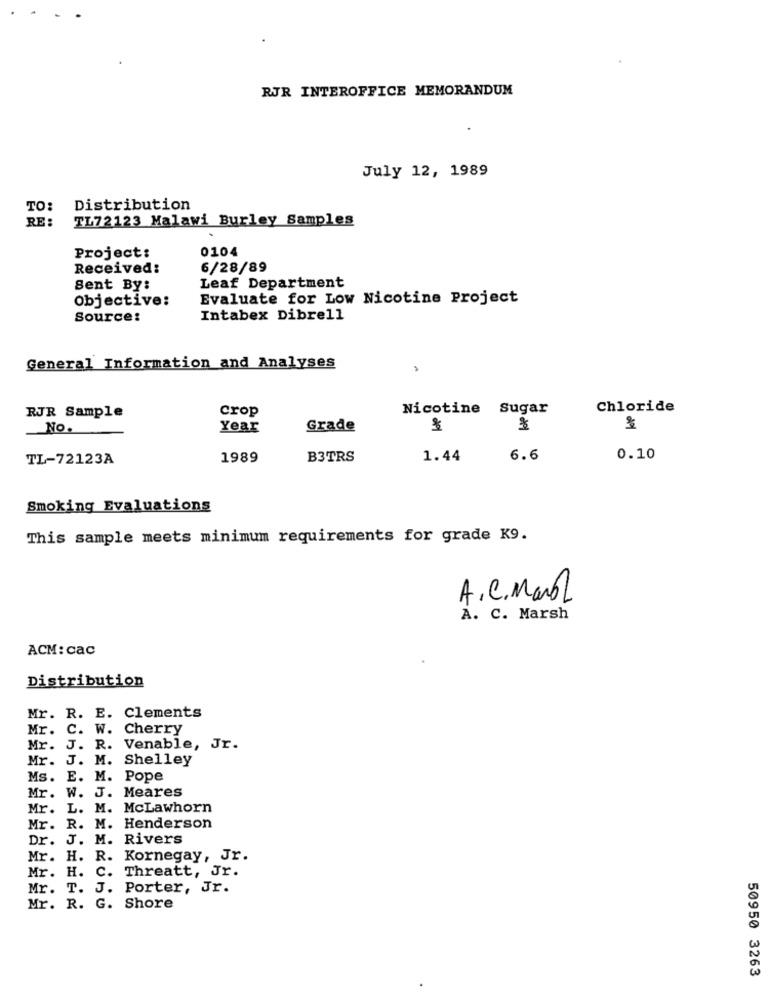
RJR INTEROFFICE MEMORANDUM
July 12, 1989
TO:
Distribution
RE:
TL72123 Malawi Burley Samples
0104
Project:
Received:
6/28/89
Sent By:
Leaf Department
Objective:
Evaluate for Low Nicotine Project
Source:
Intabex Dibrell
General Information and Analyses
RJR Sample
crop
Nicotine Sugar
Chloride
No.
Year
Grade
TL-72123A
1989
B3TRS
1.44
6.6
0.10
Smoking Evaluations
This sample meets minimum requirements for grade K9.
A. C. Manol
A. C. Marsh
ACM: cac
Distribution
Mr. R. E. Clements
Mr. C. W. Cherry
Mr. J. R. Venable, Jr.
Mr.
J. M. Shelley
Ms.
E. M. Pope
Mr.
W. J. Meares
Mr. L. M. McLawhorn
Mr. R. M. Henderson
Dr. J. M. Rivers
Mr. H. R. Kornegay, Jr.
Mr. H. C.
Threatt, Jr.
Mr. T. J. Porter, Jr.
Mr. R. G. Shore
50950 3263